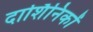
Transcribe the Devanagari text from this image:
दार्शिनिकों